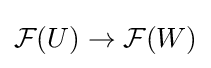
{\mathcal {F}}(U)\rightarrow {\mathcal {F}}(W)